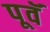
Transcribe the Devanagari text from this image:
पूवॅ